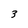
Character: 3